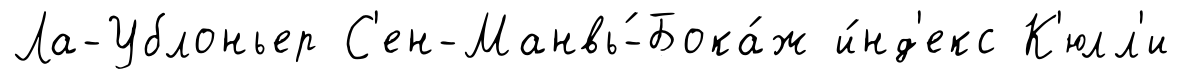
Ла-Ублоньер С'ен-Манвь́-Бока́ж и́нд'екс К'юлл'и